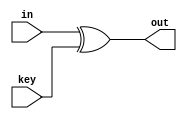
`timescale 1ns / 1ps
module AddRoundKey(in, key, out); 
    input [127:0] in;
    input [127:0] key;
    output [127:0] out;
    
    assign out = in ^ key;
endmodule